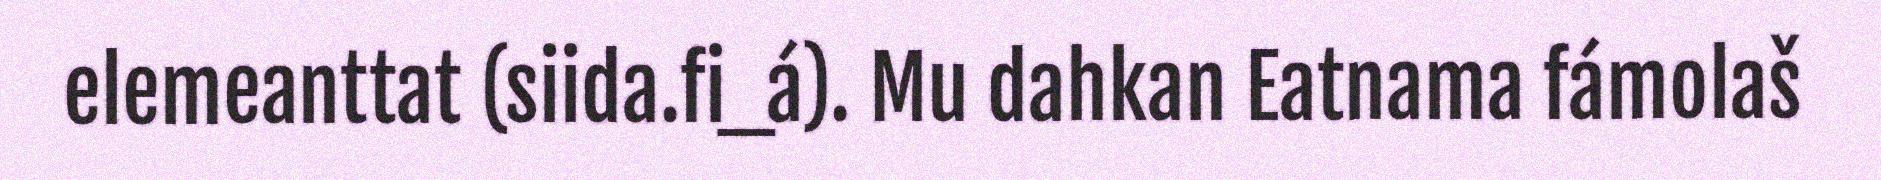
elemeanttat (siida.fi_á). Mu dahkan Eatnama fámolaš